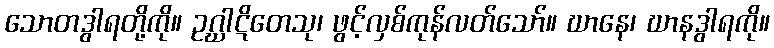
သောတဒွါရတို့ကို။ ဥဂ္ဃာဋိတေသု၊ ဖွင့်လှစ်ကုန်လတ်သော်။ ဃာနေ၊ ဃာနဒွါရကို။